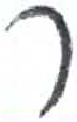
אות: ר